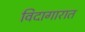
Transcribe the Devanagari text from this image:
विदागारात